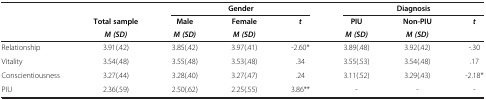
<table><thead><tr><td><b> </b></td><td><b> </b></td><td colspan="3"><b>Gender</b></td><td colspan="3"><b>Diagnosis</b></td></tr><tr><td><b> </b></td><td><b>Total sample</b></td><td><b>Male</b></td><td><b>Female</b></td><td><b><i>t</i></b></td><td><b>PIU</b></td><td><b>Non-PIU</b></td><td><b><i>t</i></b></td></tr><tr><td><b> </b></td><td><b><i>M (SD)</i></b></td><td><b><i>M (SD)</i></b></td><td><b><i>M (SD)</i></b></td><td><b> </b></td><td><b><i>M (SD)</i></b></td><td><b><i>M (SD)</i></b></td><td><b> </b></td></tr></thead><tbody><tr><td>Relationship</td><td>3.91(.42)</td><td>3.85(.42)</td><td>3.97(.41)</td><td>-2.60*</td><td>3.89(.48)</td><td>3.92(.42)</td><td>-.30</td></tr><tr><td>Vitality</td><td>3.54(.48)</td><td>3.55(.48)</td><td>3.53(.48)</td><td>.34</td><td>3.55(.53)</td><td>3.54(.48)</td><td>.17</td></tr><tr><td>Conscientiousness</td><td>3.27(.44)</td><td>3.28(.40)</td><td>3.27(.47)</td><td>.24</td><td>3.11(.52)</td><td>3.29(.43)</td><td>-2.18*</td></tr><tr><td>PIU</td><td>2.36(.59)</td><td>2.50(.62)</td><td>2.25(.55)</td><td>3.86**</td><td>-</td><td>-</td><td>-</td></tr></tbody></table>